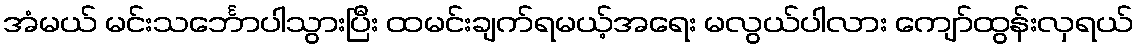
အံမယ် မင်းသင်္ဘောပါသွားပြီး ထမင်းချက်ရမယ့်အရေး မလွယ်ပါလား ကျော်ထွန်းလှရယ်